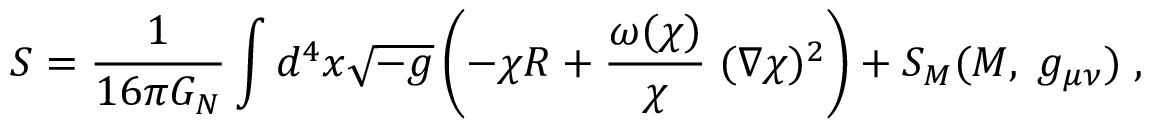
S = \frac { 1 } { 1 6 \pi G _ { N } } \int d ^ { 4 } x \sqrt { - g } \left( - \chi R + \frac { \omega ( \chi ) } { \chi } \; ( \nabla \chi ) ^ { 2 } \right) + S _ { M } ( { \cal M } , \; g _ { \mu \nu } ) \; ,